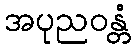
အပုညဝန္တံ